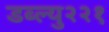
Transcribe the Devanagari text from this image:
डब्ल्यु२२१